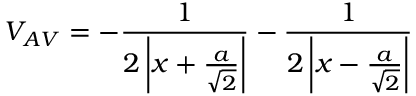
V _ { A V } = - { \frac { 1 } { 2 \left| x + { \frac { a } { \sqrt { 2 } } } \right| } } - { \frac { 1 } { 2 \left| x - { \frac { a } { \sqrt { 2 } } } \right| } }